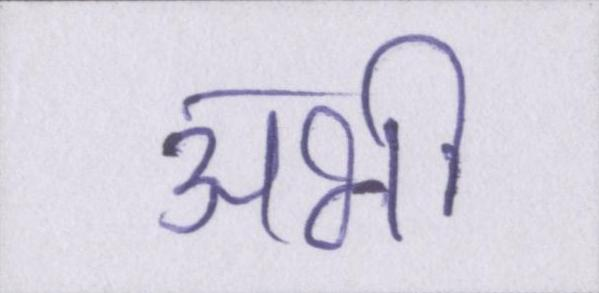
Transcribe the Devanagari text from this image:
अभी